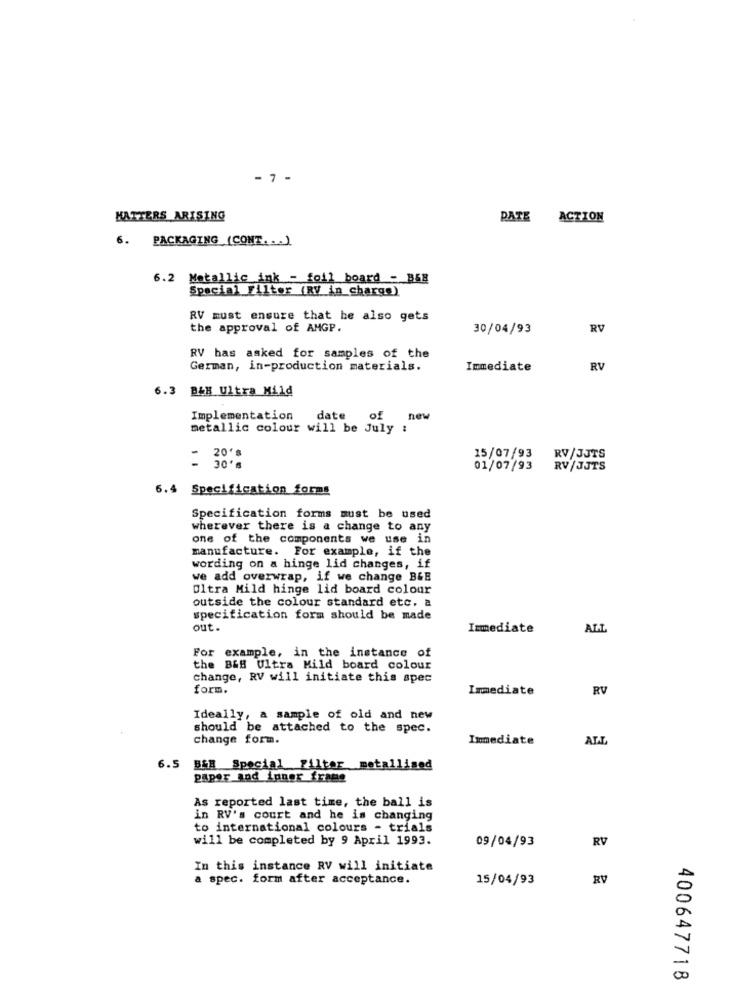
- 7 -
HATTERS ARISING
DATE ACTION
6. PACKAGING (CONT. . . )
6.2 Metallic ink - foil board - B&B
Special Filter (RV in charge)
RV must ensure that he also gets
the approval of AMGP.
30/04/93
RV
RV has asked for samples of the
German, in-production materials.
Immediate
RV
6.3
B&B Ultra Mild
Implementation
date
of
new
metallic colour will be July :
15/07/93
RV/JJTS
01/07/93
RV /JJTS
6.4 Specification forms
Specification forms must be used
wherever there is a change to any
one of the components we use in
manufacture. For example, if the
wording on a hinge lid changes, if
we add overwrap, if we change BGE
Ultra Mild hinge lid board colour
outside the colour standard etc. a
specification form should be made
out.
Immediate
ALL
For example, in the instance of
the B&B Ultra Mild board colour
change, RV will initiate this spec
form.
Immediate
RV
Ideally, a sample of old and new
should be attached to the spec.
change form.
Immediate
ALL
6.5 B&B Special Filter metallised
paper and ipner frame
As reported last time, the ball is
in RV's court and he is changing
to international colours - trials
will be completed by 9 April 1993.
09/04/93
RV
In this instance RV will initiate
a spec. form after acceptance.
15/04/93
RV
V
00
400647718